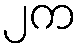
၂က